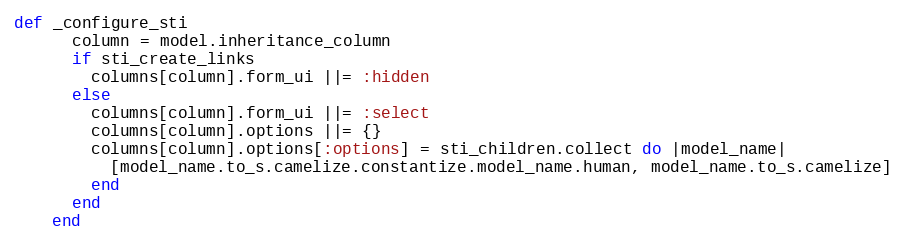
Language: Ruby
def _configure_sti
      column = model.inheritance_column
      if sti_create_links
        columns[column].form_ui ||= :hidden
      else
        columns[column].form_ui ||= :select
        columns[column].options ||= {}
        columns[column].options[:options] = sti_children.collect do |model_name|
          [model_name.to_s.camelize.constantize.model_name.human, model_name.to_s.camelize]
        end
      end
    end